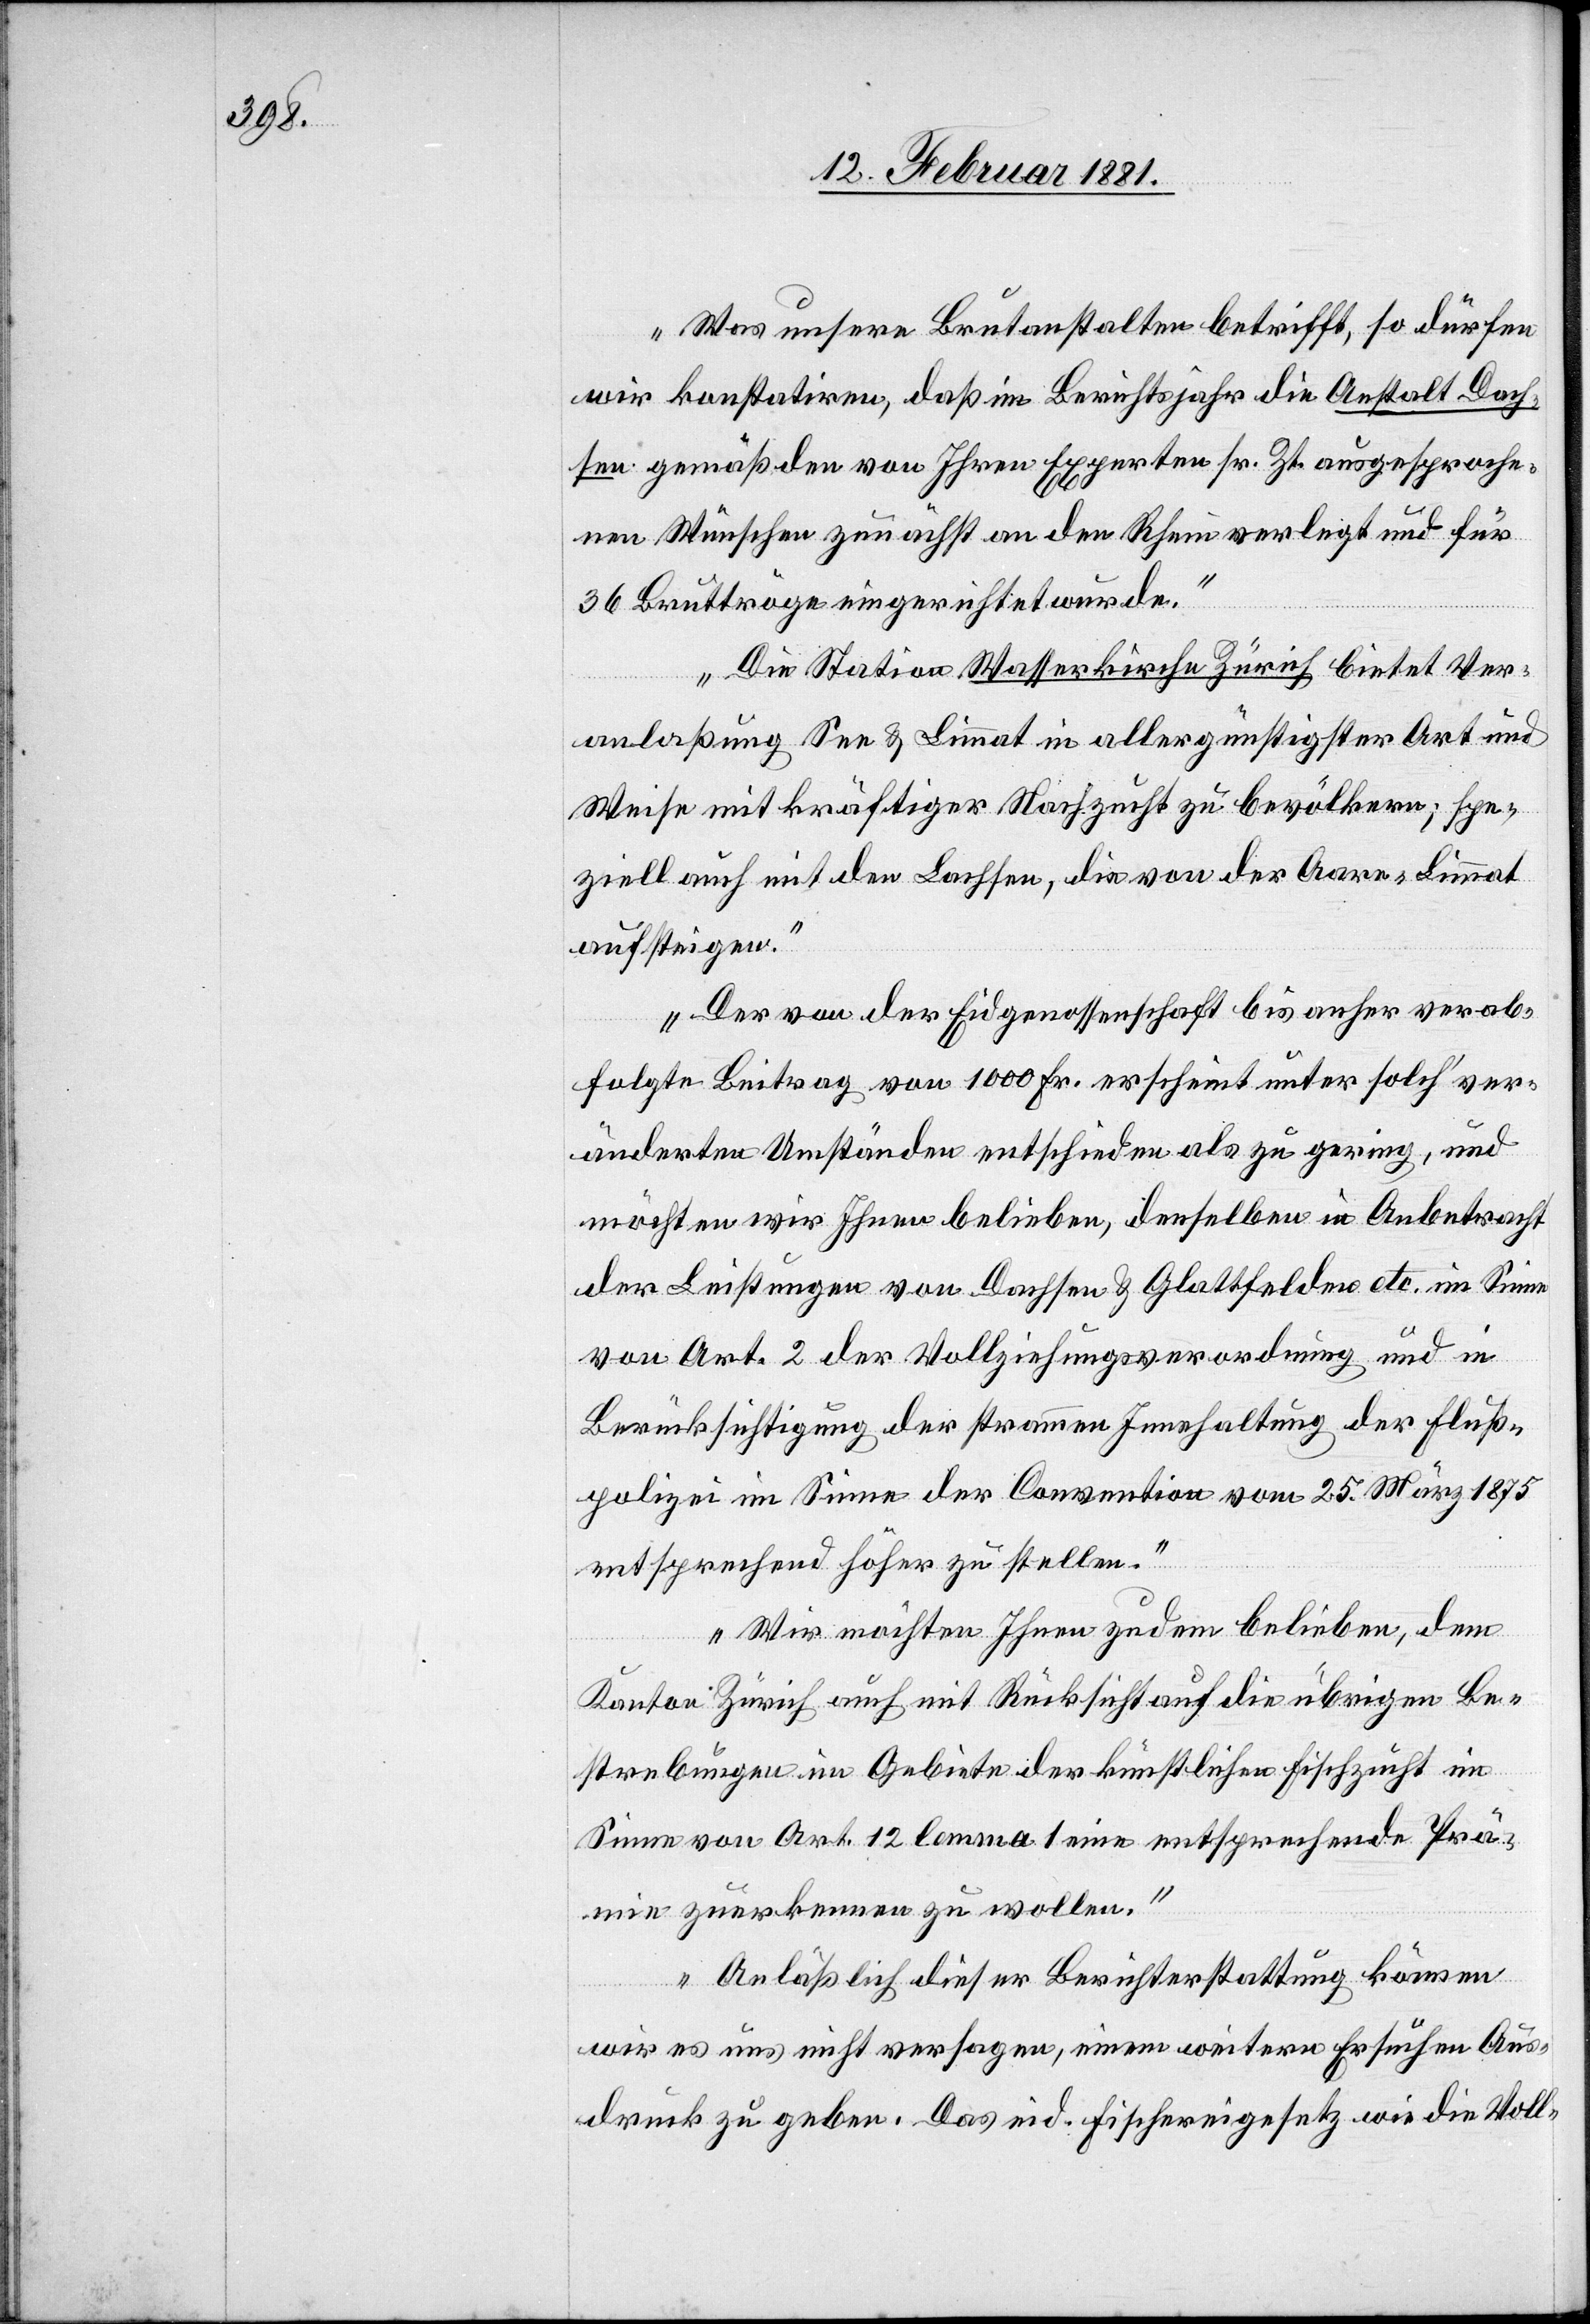
Was unsere Brutanstalten betrifft, so dürfen
wir konstatiren, daß im Berichtsjahr die Anstalt Dach¬
sen gemäß den von Ihren Experten sr. Zeit ausgesproche¬
nen Wünschen zunächst an den Rhein verlegt und für
36 Bruttröge eingerichtet wurde.
Die Station Wasserkirche Zürich bietet Ver¬
anlaßung See & Limmat in allergünstigster Art und
Weise mit kräftiger Nachzucht zu bevölkern; spe¬
ziell auch mit den Lachsen, die von der Aare-Limmat
aufsteigen.
Der von der Eidgenossenschaft bis anher verab¬
folgte Beitrag von 1000 Fr. erschient unter solch‘ ver¬
änderten Umständen entschieden als zu gering, und
möchten wir Ihnen belieben, denselben in Anbetracht
der Leistungen von Dachsen & Glattfelden etc. im Sinne
von Art. 2 der Vollziehungsverordnung und in
Berücksichtigung der strammen Innehaltung der Fluß¬
polizei im Sinne der Convention vom 25. März 1875
entsprechend höher zu stellen.
Wir möchten Ihnen zudem belieben, dem
Kanton Zürich auch mit Rücksicht auf die übrigen Be¬
strebungen im Gebiete der künstlichen Fischzucht im
Sinne von Art. 12 lemma 1 eine entsprechende Prä¬
mie zuerkennen zu wollen.
Anläßlich dieser Berichterstattung können
wir es uns nicht versagen, einem weitern Ersuchen Aus¬
druck zu geben. Das eid. Fischereigesetz wie die Voll-